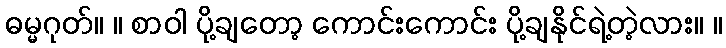
ဓမ္မဂုတ်။ ။ စာဝါ ပို့ချတော့ ကောင်းကောင်း ပို့ချနိုင်ရဲ့တဲ့လား။ ။